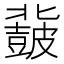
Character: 𮮨